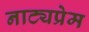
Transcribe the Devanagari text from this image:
नाट्यप्रेम